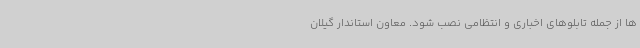
ها از جمله تابلوهای اخباری و انتظامی نصب شود. معاون استاندار گیلان